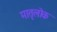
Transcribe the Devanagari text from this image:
मातृलोक